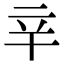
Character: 𨐋